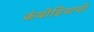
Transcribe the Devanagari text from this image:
कंबोडियाची